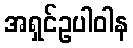
အရှင်ဥပါဝါန